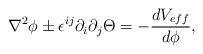
\begin{align*}\nabla^{2}\phi\pm\epsilon^{ij}\partial_{i}\partial_{j}\Theta=-\frac{dV_{eff}}{d\phi},\end{align*}